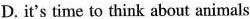
D.it's time to think about animals